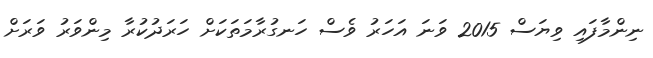
ނިންމާފައި ވިޔަސް 2015 ވަނަ އަހަރު ވެސް ހަނގުރާމަތަކަށް ހަރަދުކުރާ މިންވަރު ވަރަށް